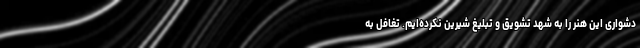
دشواری این هنر را به شهدِ تشویق و تبلیغ شیرین نکرده‌ایم. تغافل به